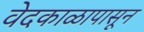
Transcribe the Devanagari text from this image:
वेदकाळापासून